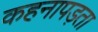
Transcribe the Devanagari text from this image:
कहनापड़ता